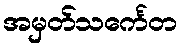
အမှတ်သင်္ကေတ